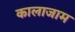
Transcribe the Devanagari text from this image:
कालाजाम